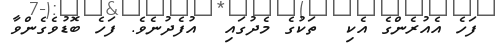
ފަހެ އެއުރެންގެ އެކި  ތަކުގެ މެދުގައި  އުފެދުނެވެ. ފަހެ ބޮޑުވެގެންވާ